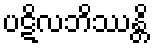
ပဋိလဘိဿန္တိ